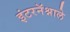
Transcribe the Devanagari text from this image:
इंटरनॅश्नाले